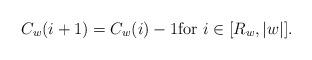
LaTeX: \begin{align*} C_w(i+1) = C_w(i) - 1 \mbox{for $i \in [R_w, |w|]$}.\end{align*}